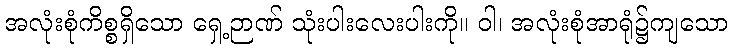
အလုံးစုံကိစ္စရှိသော ရှေ့ဉာဏ် သုံးပါးလေးပါးကို။ ဝါ၊ အလုံးစုံအာရုံ၌ကျသော